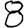
Digit: 8